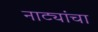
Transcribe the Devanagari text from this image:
नाट्यांचा